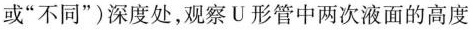
或”不同”)深度处，观察U形管中两次液面的高度